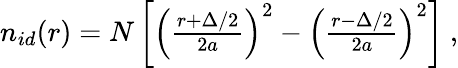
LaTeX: \begin{array}{r}{n_{id}(r)=N\left[\left(\frac{r+\Delta/2}{2a}\right)^{2}-\left(\frac{r-\Delta/2}{2a}\right)^{2}\right]~,}\end{array}